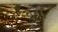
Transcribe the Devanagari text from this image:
बुग्रा